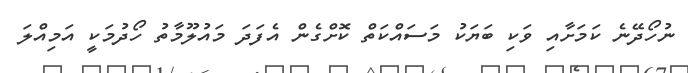
ނުހޯދޭނެ ކަަމަށާއި ވަކި ބަޔަކު މަސައްކަތް ކޮށްގެން އެފަދަ މައުލޫމާތު ހޯދުމަކީ އަމިއްލަ